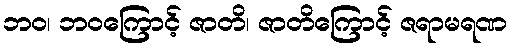
ဘဝ၊ ဘဝကြောင့် ဇာတိ၊ ဇာတိကြောင့် ဇရာမရဏ